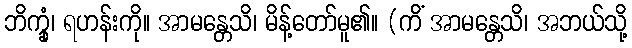
ဘိက္ခုံ၊ ရဟန်းကို။ အာမန္တေသိ၊ မိန့်တော်မူ၏။ (ကိံ အာမန္တေသိ၊ အဘယ်သို့